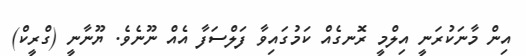
އިން މާނަކުރަނީ އިލްމީ ރޮނގެއް ކަމުގައިވާ ފަލްސަފާ އެއް ނޫނެވެ. ޔޫނާނީ (ގްރީކް)